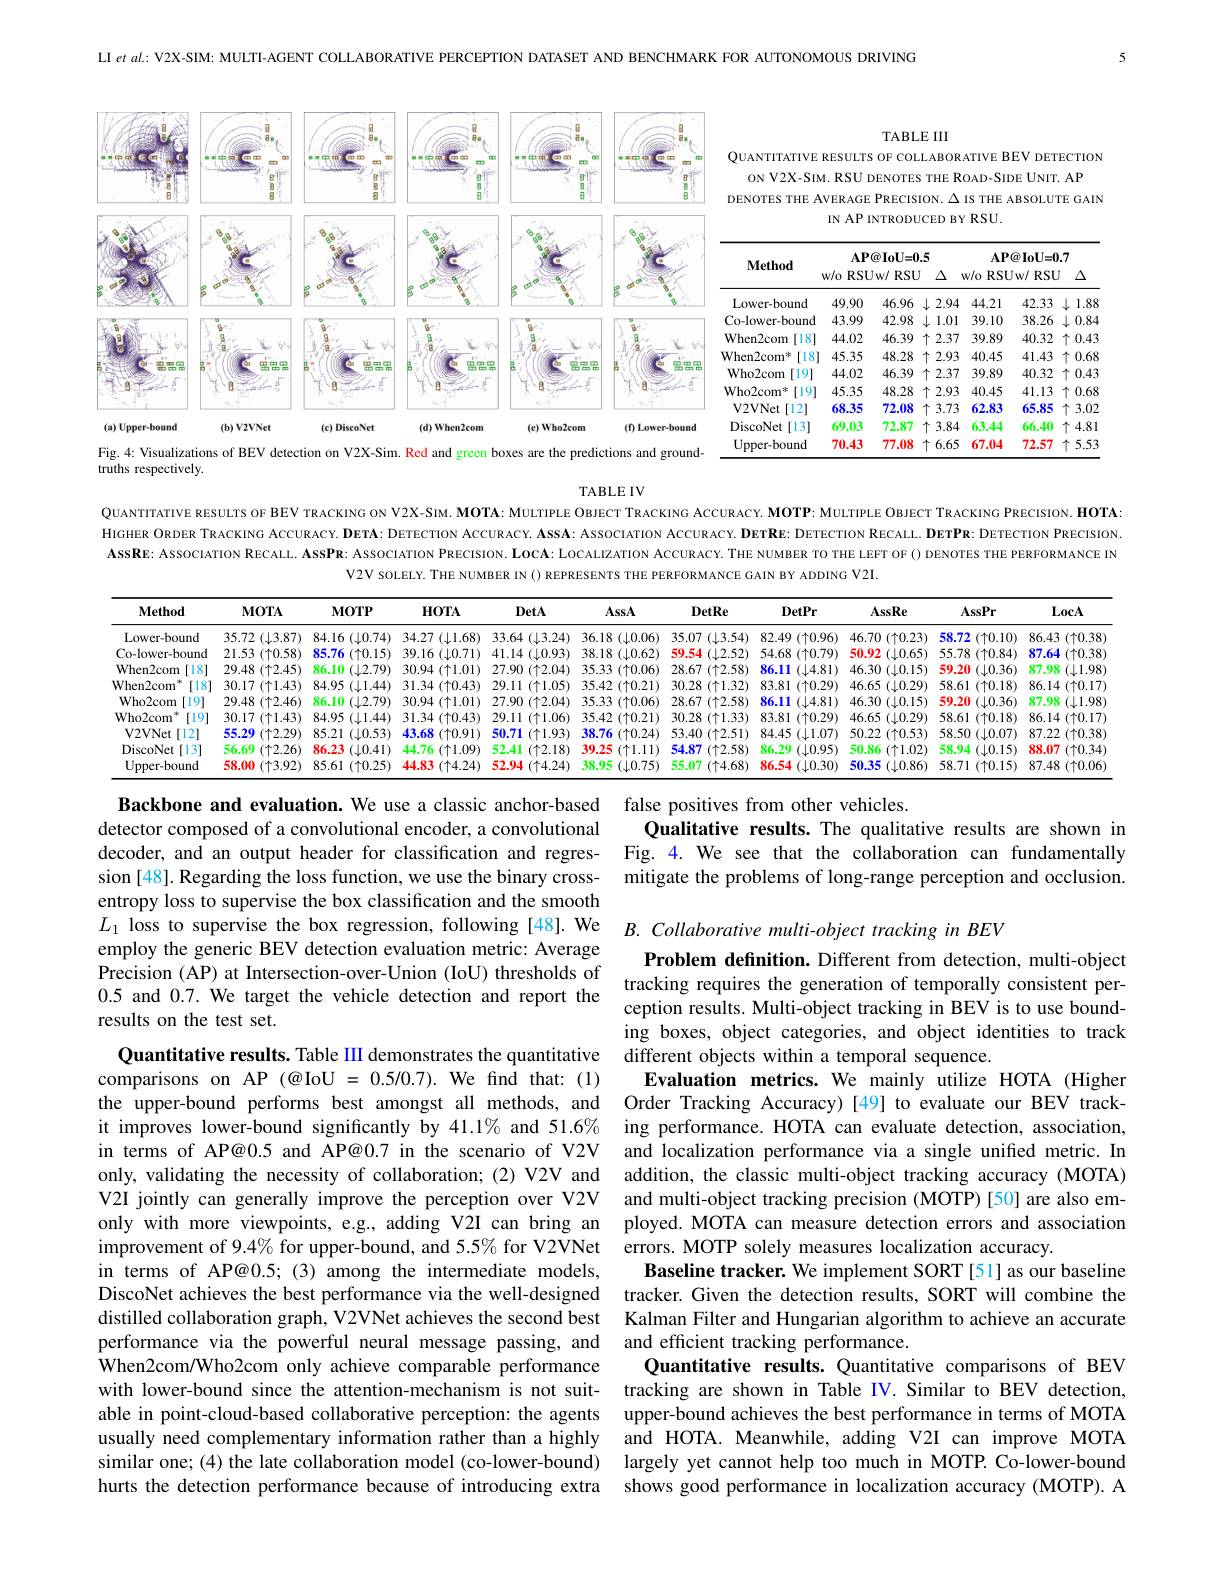
LI et al. : V2X- SIM: MULTI- AGENT COLLABORATIVE PERCEPTION DATASET AND BENCHMARK FOR AUTONOMOUS DRIVING

TABLE III

QUANTITATIVE RESULTS OF COLLABORATIVE BEV DETECTION ON V2X-SIM. RSU DENOTES THE ROAD-SIDE UNIT. AP DENOTES THE AVERAGE PRECISION. $\Delta$ IS THE ABSOLUTE GAIN
IN AP INTRODUCED BY RSU.

<FigureHere>

<table>
	<tbody>
		<tr>
			<th rowspan="2">Method Lower-bound</th>
			<th colspan="4">$\mathbf{AP@IoU=0.5}$ w/o RSUw/ RSU $\Delta$</th>
			<th colspan="3">$\mathbf{AP@IoU=0.7}$ w/ o RSUw/ RSU $\Delta$</th>
		</tr>
		<tr>
			<th>49.90</th>
			<th>46.96</th>
			<th>2.94</th>
			<th>2.94</th>
			<th>44.21</th>
			<th>42.35</th>
			<th>33 1.88</th>
		</tr>
		<tr>
			<td>Co-lower-bound</td>
			<td>43.99</td>
			<td>42.98</td>
			<td>1.01 1</td>
			<td>1.01</td>
			<td>39.10</td>
			<td>$38.2\epsilon$</td>
			<td>.26 0.84 L</td>
		</tr>
		<tr>
			<td>When2com </td>
			<td>44.02</td>
			<td>46.39</td>
			<td>2.37 -</td>
			<td>2.37</td>
			<td>39.89</td>
			<td>40.32</td>
			<td>.32 个 0.42</td>
		</tr>
		<tr>
			<td>[18 When2com 1年</td>
			<td>45.35</td>
			<td>48.28</td>
			<td>2.93 T</td>
			<td>2.93</td>
			<td>40.45</td>
			<td>41.42</td>
			<td>43 个( 0.68</td>
		</tr>
		<tr>
			<td>Who2com [19]</td>
			<td>44.02</td>
			<td>46.39</td>
			<td>2.37</td>
			<td>2.37</td>
			<td>39.89</td>
			<td>40.32</td>
			<td>.32 个 0.42</td>
		</tr>
		<tr>
			<td>Who2com 1年 [19]</td>
			<td>45.35</td>
			<td>48.28</td>
			<td>2.93 T</td>
			<td>2.93</td>
			<td>40.45</td>
			<td>41.12</td>
			<td>.13 0.68 个</td>
		</tr>
		<tr>
			<td>$\mathbf{V2VNet}$ [12]</td>
			<td>68.35</td>
			<td>72.08</td>
			<td>3.73</td>
			<td>3.73</td>
			<td>62.83</td>
			<td>65.85</td>
			<td>.85 个：$3.0\tilde{z}$</td>
		</tr>
		<tr>
			<td>DiscoNet :[13]</td>
			<td>69.03</td>
			<td>72.87</td>
			<td>3.84 $\uparrow$</td>
			<td>3.84</td>
			<td>63.44</td>
			<td>$66.4C$</td>
			<td>.40 $\uparrow4.81$</td>
		</tr>
		<tr>
			<td>Upper- bound</td>
			<td>70.43</td>
			<td>77.08</td>
			<td>6.65</td>
			<td>6.65</td>
			<td>67.04</td>
			<td>72.57</td>
			<td>.57 个：5.52</td>
		</tr>
	</tbody>
</table>

Fig 4: Visualizations of BEV detection on V2X-Sim. Red and green boxes are the predictions and ground-

truths respectively.

TABLE IV
QUANTITATIVE RESULTS OF BEV TRACKING ON V2X-SIM. MOTA: MULTIPLE OвIECT TRACKING ACCURACY. MOTP: MULTIPLE OBIECT TRACKING PRECISION. HOTA: HIGHER ORDER TRACKING ACCURACY. DETA: DETECTION ACCURACY. ASSA: ASSOCTATION ACCURACY. DETRE: DETECTION RECALL. DETPR: DETECTION PRECISION. AssRE: AssocıATION RECAL. AssPR: AssocıATION PRECISION. LOCA: LOCALIZATION ACCURACY. THE NUMBER TO THE LEFT OF() DENOTES THE PERFORMANCE IN
V2V SOLELY. THE NUMBER IN() REPRESENTS THE PERFORMANCE GAIN BY ADDING V2I.

<table>
	<tbody>
		<tr>
			<th>$\mathbf{Method}$</th>
			<th>$\mathbf{MOTA}$</th>
			<th>$\mathbf{MOTP}$</th>
			<th>$HOTA$</th>
			<th>DetA</th>
			<th>AssA</th>
			<th>DetRe</th>
			<th>DetPr</th>
			<th>$\mathbf{AssRe}$</th>
			<th>AssPr</th>
			<th>LocA</th>
		</tr>
		<tr>
			<td>Lower-bound</td>
			<td>$(\downarrow3.87)$ 35.72</td>
			<td>84.16 ${\tilde{}}(\downarrow0.74)$</td>
			<td>34.27 ${}(\downarrow1.68)$ 1</td>
			<td>33.64 4 $( \downarrow 3. 24)$</td>
			<td>36.18 $s$ $( \downarrow 0. 06)$</td>
			<td>35.07 $(\downarrow3.54)$</td>
			<td>$(\uparrow0.96)$ 82.49</td>
			<td>$46.70~(\uparrow0.23)$</td>
			<td>58.72 $(\uparrow0.10)$</td>
			<td>86.43 ${\mathfrak{s}}(\uparrow0.38]$</td>
		</tr>
		<tr>
			<td>Co-lower-bound</td>
			<td>21.53 $(\uparrow0.58)$ 5 1</td>
			<td>85.76 $(\uparrow0.15)$</td>
			<td>39.16 $(\downarrow0.71)$ </td>
			<td>41.14 $(\downarrow0.93)$</td>
			<td>38.18 $(\downarrow0.62)$ $k$</td>
			<td>59.54 $(\downarrow2.52)$</td>
			<td>54.68 $(\uparrow0.79)$</td>
			<td>50.92 $(\downarrow0.65)$</td>
			<td>55.78 $(\uparrow0.84)$ </td>
			<td>87.64 $(\uparrow0.38$</td>
		</tr>
		<tr>
			<td>When2com [18] </td>
			<td>29.48 $(\uparrow2.45)$</td>
			<td>86.10 $(\downarrow2.79)$</td>
			<td>30.94 $( \uparrow 1. 01)$</td>
			<td>27.90 $(\uparrow2.04)$</td>
			<td>35.33 $(\uparrow0.06)$ $\textbf{K}_{1}$ 1</td>
			<td>28.67 $(\uparrow2.58)$</td>
			<td>86.11 $(\downarrow4.81)$</td>
			<td>$46.30~(\downarrow0.15)$</td>
			<td>59.20 $(\downarrow0.36)$</td>
			<td>87.98 $(\downarrow.1.98$</td>
		</tr>
		<tr>
			<td>When2com 14 [18]</td>
			<td>30.17 $(\uparrow1.43)$</td>
			<td>84.95 $(\downarrow1.44)$</td>
			<td>$31.34(\uparrow0.43)$</td>
			<td>29.11 $(\uparrow1.05)$</td>
			<td>35.42 2 $( \uparrow 0. 21)$</td>
			<td>30.28 $(\uparrow1.32)$</td>
			<td>83.81 $1~(\uparrow0.29)$</td>
			<td>46.65 $(\downarrow0.29)$</td>
			<td>58.61 $(\uparrow0.18)$</td>
			<td>86.14 $( \uparrow 0. 17$</td>
		</tr>
		<tr>
			<td>Who2com [19]</td>
			<td>29.48 $(\uparrow2.46)$</td>
			<td>86.10 $(\downarrow2.79)$</td>
			<td>30.94 $(\uparrow1.01)$ </td>
			<td>27.90 $(\uparrow2.04)$</td>
			<td>$35.33~(\uparrow0.06)$</td>
			<td>28.67 $(\uparrow2.58)$</td>
			<td>86.11 $(\downarrow4.81)$</td>
			<td>$46.30~(\downarrow0.15)$</td>
			<td>59.20 $(\downarrow0.36)$</td>
			<td>87.98 $(\downarrow1.98]$</td>
		</tr>
		<tr>
			<td>Who2com T 119</td>
			<td>30.17 $(\uparrow1.43)$ 1 1</td>
			<td>84.95 $(\downarrow1.44)$</td>
			<td>$31.34(\uparrow0.43)$</td>
			<td>29.11 $(\uparrow1.06)$</td>
			<td>35.42 2 $( \uparrow 0. 21)$</td>
			<td>30.28 $(\uparrow1.33)$</td>
			<td>83.81 $1~(\uparrow0.29)$</td>
			<td>46.65 $(\downarrow0.29)$</td>
			<td>58.61 $(\uparrow0.18)$</td>
			<td>86.14 $( \uparrow 0. 17$</td>
		</tr>
		<tr>
			<td>V2VNet [12]</td>
			<td>55.29 $(\uparrow2.29)$</td>
			<td>85.21 $(\downarrow0.53)$</td>
			<td>43.68 $(\uparrow0.91)$</td>
			<td>50.71 $(\uparrow1.93)$</td>
			<td>38.76 $(\uparrow0.24)$</td>
			<td>53.40 $(\uparrow2.51)$</td>
			<td>84.45 $(\downarrow1.07)$</td>
			<td>50.22 $(\uparrow0.53)$</td>
			<td>58.50 $(\downarrow0.07)$</td>
			<td>87.22 $(\uparrow0.38$</td>
		</tr>
		<tr>
			<td>DiscoNet [13]</td>
			<td>56.60 $(\uparrow2.26)$</td>
			<td>86.23 $(\downarrow0.41)$</td>
			<td>44.76 $(\uparrow1.09)$</td>
			<td>52.41 $(\uparrow2.18)$</td>
			<td>39.25 $(\uparrow1.11)$</td>
			<td>54.87 $(\uparrow2.58)$</td>
			<td>86.29 $(\downarrow0.95)$</td>
			<td>50.86 $(\uparrow1.02)$</td>
			<td>58.94 $(\downarrow0.15)$</td>
			<td>88.07 $(\uparrow0.34]$</td>
		</tr>
		<tr>
			<td>Upper-bound</td>
			<td>58.00 $(\uparrow3.92)$</td>
			<td>85.61 $(\uparrow0.25)$</td>
			<td>44.83 $(\uparrow4.24)$</td>
			<td>52.94 $(\uparrow4.24)$</td>
			<td>38.95 $(\downarrow0.75)$</td>
			<td>55.07 $(\uparrow4.68)$</td>
			<td>86.54 $(\downarrow0.30)$</td>
			<td>50.35 $(\downarrow0.86)$</td>
			<td>58.71 $(\uparrow0.15)$</td>
			<td>87.48 $( \uparrow 0. 06$</td>
		</tr>
	</tbody>
</table>

Backbone and evaluation. We use a classic anchor-based false positives from other vehicles.
Qualitative results. The qualitative results are shown in
decoder, and an output header for classification and regres- Fig. 4. We see that the collaboration can fundamentally
mitigate the problems of long-range perception and occlusion.

detector composed of a convolutional encoder, a convolutional sion [48]. Regarding the loss function, we use the binary crossentropy loss to supervise the box classification and the smooth $L_{1}$ loss to supervise the box regression, following [48]. We $B. \textit{Collaborative multi- object tracking in BEV}$
employ the generic BEV detection evaluation metric: Average Precision (AP) at Intersection-over-Union (IoU) thresholds of 0.5 and 0.7. We target the vehicle detection and report the results on the test set.

Problem definition. Different from detection, multi-object tracking requires the generation of temporally consistent perception results. Multi-object tracking in BEV is to use bounding boxes, object categories, and object identities to track
Quantitative results. Table III demonstrates the quantitative different objects within a temporal sequence.
Evaluation metrics. We mainly utilize HOTA (Higher
the upper-bound performs best amongst all methods, and Order Tracking Accuracy)[49] to evaluate our BEV track-
ing performance. HOTA can evaluate detection, association, and localization performance via a single unified metric. In
only, validating the necessity of collaboration; (2) V2V and addition, the classic multi-object tracking accuracy (MOTA)
and multi-object tracking precision (MOTP)[50] are also employed. MOTA can measure detection errors and association
$i$mprovement of 9.4% for upper-bound, and 5.5% for V2VNet errors. MOTP solely measures localization accuracy.
Baseline tracker. We implement SORT [51] as our baseline
DiscoNet achieves the best performance via the well-designed tracker. Given the detection results, SORT will combine the distilled collaboration graph, V2VNet achieves the second best Kalman Filter and Hungarian algorithm to achieve an accurate performance via the powerful neural message passing, and and efficient tracking performance.
Quantitative results.Quantitative comparisons of BEV tracking are shown in Table IV. Similar to BEV detection,
able in point-cloud-based collaborative perception: the agents upper-bound achieves the best performance in terms of MOTA
and HOTA. Meanwhile, adding V2I can improve MOTA largely yet cannot help too much in MOTP. Co-lower-bound shows good performance in localization accuracy (MOTP). A

comparisons on AP $(@$IoU =0.5/0.7). We find that: (1) it improves lower-bound significantly by 41.1% and 51.6% in terms of AP@0.5 and AP@0.7 in the scenario of V2V V2I jointly can generally improve the perception over V2V only with more viewpoints, e.g., adding V2I can bring an in terms of AP@0.5;(3)among the intermediate models, When2com/Who2com only achieve comparable performance with lower-bound since the attention-mechanism is not suitusually need complementary information rather than a highly similar one; (4) the late collaboration model (co-lower-bound) hurts the detection performance because of introducing extra